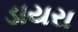
ડાયરા